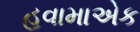
હવામાએક